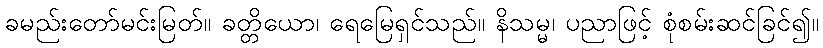
ခမည်းတော်မင်းမြတ်။ ခတ္တိယော၊ ရေမြေရှင်သည်။ နိသမ္မ၊ ပညာဖြင့် စုံစမ်းဆင်ခြင်၍။